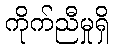
ကိုက်ညီမှုရှိ